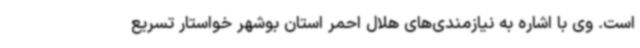
است. وی با اشاره به نیازمندی‌های هلال احمر استان بوشهر خواستار تسریع